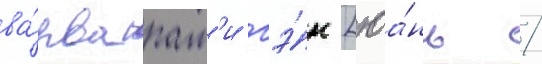
ва́рварам'и гэ́н [юа́нь /